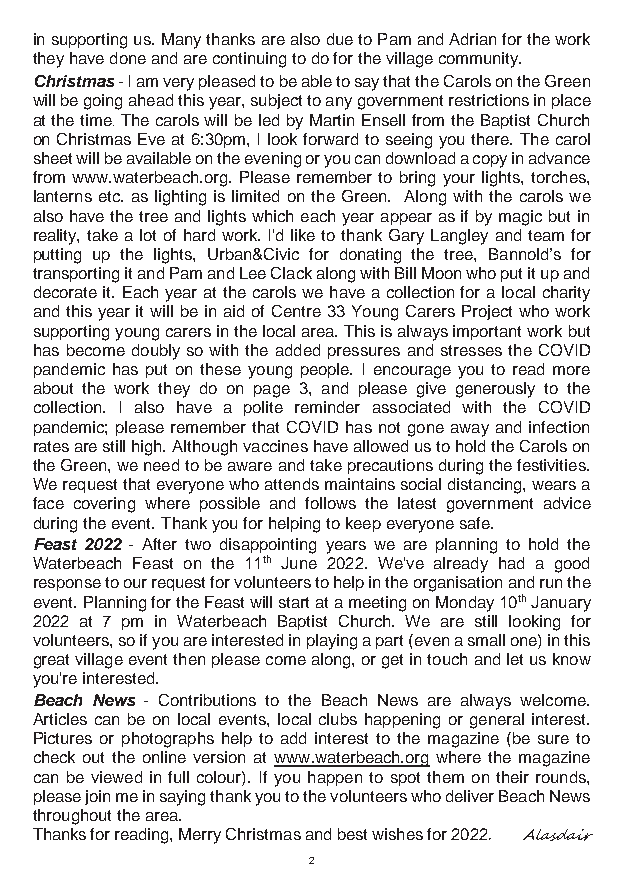
in supporting us. Many thanks are also due to Pam and Adrian for the work
 they have done and are continuing to do for the village community.
 Christmas - I am very pleased to be able to say that the Carols on the Green
 will be going ahead this year, subject to any government restrictions in place
 at the time. The carols will be led by Martin Ensell from the Baptist Church
 on Christmas Eve at 6:30pm, I look forward to seeing you there. The carol
 sheet will be available on the evening or you can download a copy in advance
 from www.waterbeach.org. Please remember to bring your lights, torches,
 lanterns etc. as lighting is limited on the Green. Along with the carols we
 also have the tree and lights which each year appear as if by magic but in
 reality, take a lot of hard work. I'd like to thank Gary Langley and team for
 putting up the lights, Urban&Civic for donating the tree, Bannold’s for
 transporting it and Pam and Lee Clack along with Bill Moon who put it up and
 decorate it. Each year at the carols we have a collection for a local charity
 and this year it will be in aid of Centre 33 Young Carers Project who work
 supporting young carers in the local area. This is always important work but
 has become doubly so with the added pressures and stresses the COVID
 pandemic has put on these young people. I encourage you to read more
 about the work they do on page 3, and please give generously to the
 collection. I also have a polite reminder associated with the COVID
 pandemic; please remember that COVID has not gone away and infection
 rates are still high. Although vaccines have allowed us to hold the Carols on
 the Green, we need to be aware and take precautions during the festivities.
 We request that everyone who attends maintains social distancing, wears a
 face covering where possible and follows the latest government advice
 during the event. Thank you for helping to keep everyone safe.
 Feast 2022 - After two disappointing years we are planning to hold the
 Waterbeach Feast on the 11th June 2022. We've already had a good
 response to our request for volunteers to help in the organisation and run the
 event. Planning for the Feast will start at a meeting on Monday 10th January
 2022 at 7 pm in Waterbeach Baptist Church. We are still looking for
 volunteers, so if you are interested in playing a part (even a small one) in this
 great village event then please come along, or get in touch and let us know
 you're interested.
 Beach News - Contributions to the Beach News are always welcome.
 Articles can be on local events, local clubs happening or general interest.
 Pictures or photographs help to add interest to the magazine (be sure to
 check out the online version at www.waterbeach.org where the magazine
 can be viewed in full colour). If you happen to spot them on their rounds,
 please join me in saying thank you to the volunteers who deliver Beach News
 throughout the area.
 Thanks for reading, Merry Christmas and best wishes for 2022 . Alasdair
 2